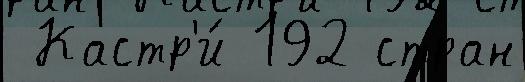
 Кастр'и́ 192 стран